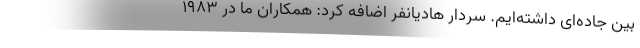
بین جاده‌ای داشته‌ایم. سردار هادیانفر اضافه کرد: همکاران ما در ۱۹۸۳